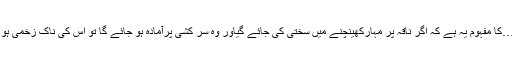
سید شریف رضی فرماتے ہیں کہ امیر المومنین کے ارشاد”ان اشنقلھا……کا مفہوم یہ ہے کہ اگر ناقہ پر مہارکھینچنے میں سختی کی جائے گیاور وہ سر کشی پرآمادہ ہو جائے گا تو اس کی ناک زخمی ہو جائے گیاوراگر ڈھیلا چھوڑ دیا جائے تو اختیار سے باہر نکل جائے گا۔